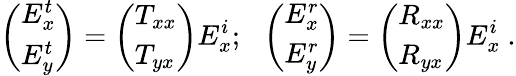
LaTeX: \left(\begin{array}{l}{E_{x}^{t}}\\ {E_{y}^{t}}\end{array}\right)=\left(\begin{array}{l}{T_{xx}}\\ {T_{yx}}\end{array}\right)E_{x}^{i};~~\left(\begin{array}{l}{E_{x}^{r}}\\ {E_{y}^{r}}\end{array}\right)=\left(\begin{array}{l}{R_{xx}}\\ {R_{yx}}\end{array}\right)E_{x}^{i}\ .